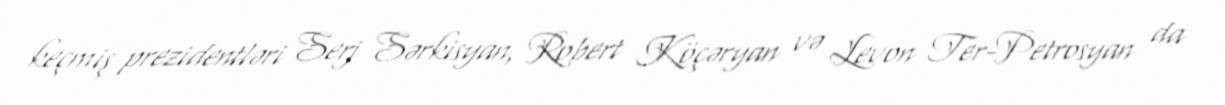
keçmiş prezidentləri Serj Sərkisyan, Robert Köçəryan və Levon Ter-Petrosyan da